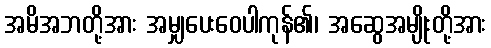
အမိအဘတို့အား အမျှပေးဝေပါကုန်၏၊ အဆွေအမျိုးတို့အား